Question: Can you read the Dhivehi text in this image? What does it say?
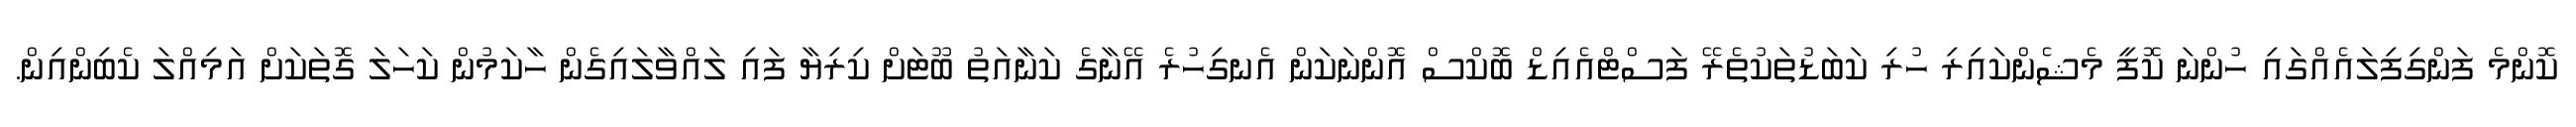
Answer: ކޮންމެ ފަންގިފިލައެއްގައި ހުންނަ ކޮފީ މެޝެންކައިރި ހުރި ކަބަޑުތަކުތެރޭ ފަސްޓްއެއިޑް ބޮކްސް އޮންނަކަން އެނގިހުރެ އޭނާގެ ކަނާއަތު ބޫޓަށް ކިރިޔާ ފައި ލައްވާލައިގެން ހާކަމުން ކަހަލަ ގޮތަކަށް އަމިއްލަ ކެބިންއިން.